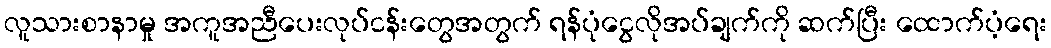
လူသားစာနာမှု အကူအညီပေးလုပ်ငန်းတွေအတွက် ရန်ပုံငွေလိုအပ်ချက်ကို ဆက်ပြီး ထောက်ပံ့ရေး